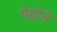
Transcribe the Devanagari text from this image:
पेद्रोने